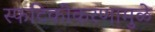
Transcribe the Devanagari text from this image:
स्फटिकीकरणामुळे